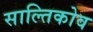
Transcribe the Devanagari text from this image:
साल्तिकोव